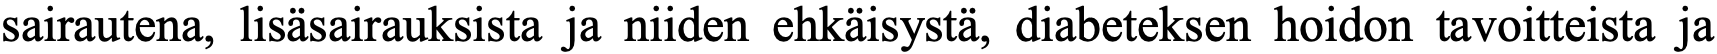
sairautena, lisäsairauksista ja niiden ehkäisystä, diabeteksen hoidon tavoitteista ja